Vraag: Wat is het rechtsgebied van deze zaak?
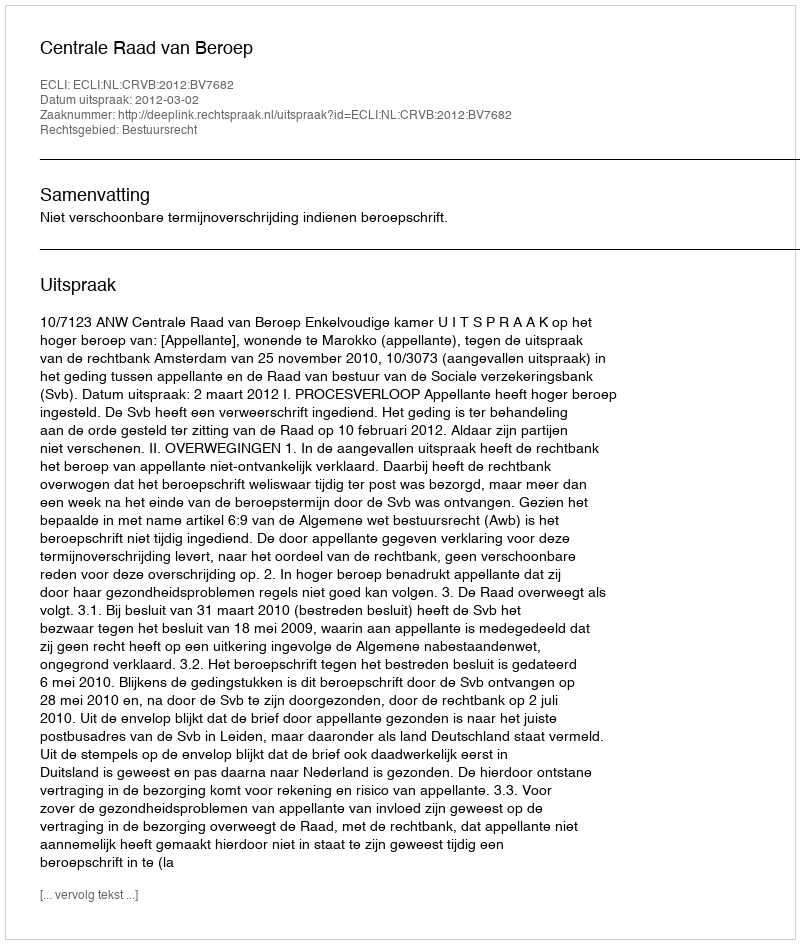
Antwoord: Bestuursrecht